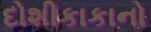
દોશીકાકાનો